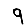
Digit: 9